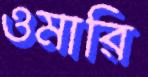
ওমারি